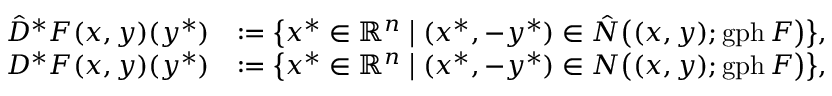
\begin{array} { r l } { \Hat { D } ^ { \ast } F ( x , y ) ( y ^ { \ast } ) } & { : = \big \{ x ^ { \ast } \in { \mathbb { R } ^ { n } } \; \big | \; ( x ^ { \ast } , - y ^ { \ast } ) \in \Hat { N } \big ( ( x , y ) ; \operatorname { g p h } F \big ) \big \} , } \\ { { D } ^ { \ast } F ( x , y ) ( y ^ { \ast } ) } & { : = \big \{ x ^ { \ast } \in { \mathbb { R } ^ { n } } \; \big | \; ( x ^ { \ast } , - y ^ { \ast } ) \in N \big ( ( x , y ) ; \operatorname { g p h } F \big ) \big \} , } \end{array}